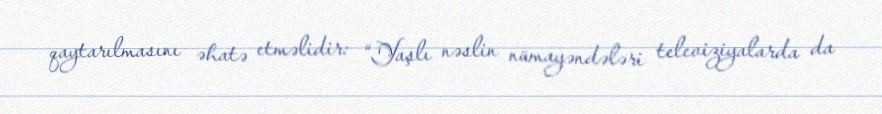
qaytarılmasını əhatə etməlidir: “Yaşlı nəslin nümayəndələri televiziyalarda da